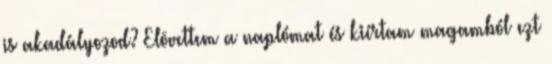
is akadályozod? Elõvettem a naplómat és kiírtam magamból ezt